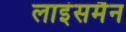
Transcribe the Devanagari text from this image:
लाइंसमैन